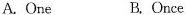
A.One B.Once